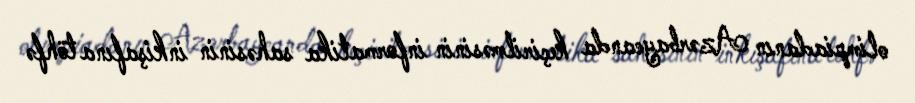
olimpiadanın Azərbaycanda keçirilməsinin informatika sahəsinin inkişafına töhfə